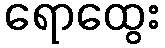
ရောထွေး